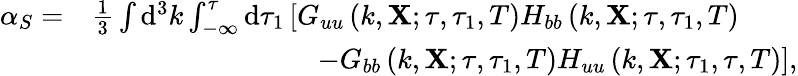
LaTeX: \begin{array}{rl}{\alpha_{S}=}&{\frac{1}{3}\int\mathrm{d}^{3}k\int_{-\infty}^{\tau}\mathrm{d}\tau_{1}\left[G_{uu}\left(k,\mathbf{X};\tau,\tau_{1},T\right)H_{bb}\left(k,\mathbf{X};\tau,\tau_{1},T\right)\right.}\\ &{\left.\qquad\qquad\qquad\qquad-G_{bb}\left(k,\mathbf{X};\tau,\tau_{1},T\right)H_{uu}\left(k,\mathbf{X};\tau_{1},\tau,T\right)\right],}\end{array}